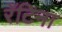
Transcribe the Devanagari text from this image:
रॅटिना